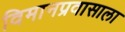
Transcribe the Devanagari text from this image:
विमानप्रवासाला